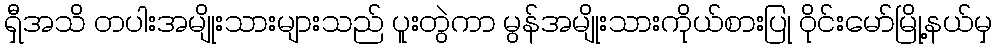
ရှီအသိ တပါးအမျိုးသားများသည် ပူးတွဲကာ မွန်အမျိုးသားကိုယ်စားပြု ဝိုင်းမော်မြို့နယ်မှ